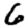
Digit: 6